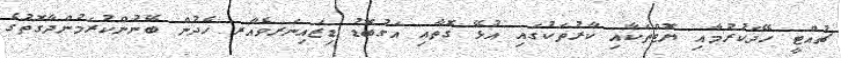
ޗުއްޓީ ހޭދަކުރުމާއި ޔޮޓްތަކާއި ކާރުތަކުގައި އުޅޭ ގޮތާއި އަގުބޮޑު ޑިޒައިނަރވެއާރ ހެދުން ބޭނުންކުރަމުންދާގޮތުގެ